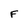
Character: F